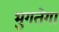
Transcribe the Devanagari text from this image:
भुगतेगा